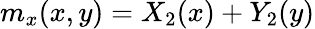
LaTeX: m_{x}(x,y)=X_{2}(x)+Y_{2}(y)